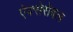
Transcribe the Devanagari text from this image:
ऐक्सेसेबल